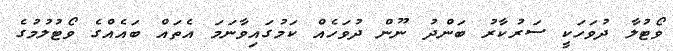
ވޯޓުލާ ދުވަހަކީ ސަރުކާރު ބަންދު ނޫން ދުވަހެއް ކަމުގައިވާނަމަ އެތައް ބައެއްގެ ވޯޓުލުމުގެ